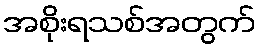
အစိုးရသစ်အတွက်